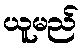
ယူမည်